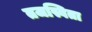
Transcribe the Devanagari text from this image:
तजस्विता